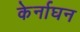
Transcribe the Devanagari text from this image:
केर्नाघन